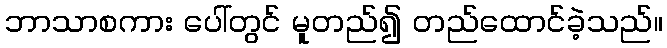
ဘာသာစကား ပေါ်တွင် မူတည်၍ တည်ထောင်ခဲ့သည်။